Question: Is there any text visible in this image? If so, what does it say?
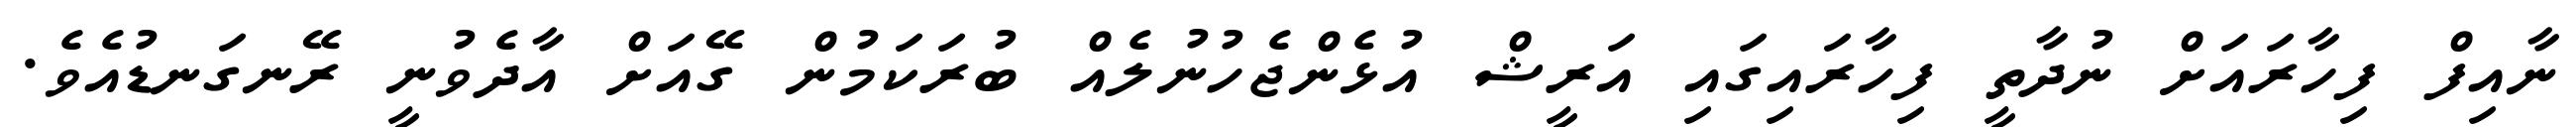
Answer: ނާއިފް ފިހާރައަށް ނުދާތީ ފިހާރައިގައި އަރީޝް އުޅެންޖެހުނުލެއް ބުރަކަމުން ގޭއަށް އާދެވުނީ ރޭނގަނޑުއެވެ.